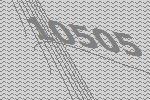
10505